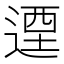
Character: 𨕅